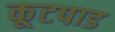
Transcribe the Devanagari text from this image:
कूटपाड